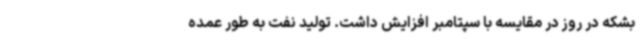
بشکه در روز در مقایسه با سپتامبر افزایش داشت. تولید نفت به طور عمده